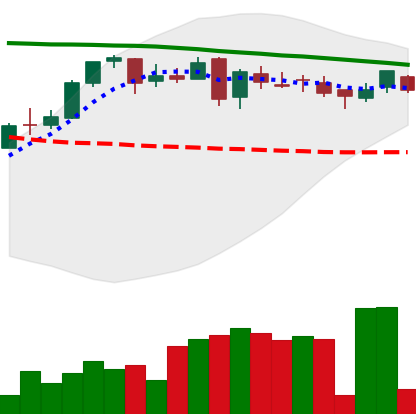
Ticker: DOGE-USD
Chart end date: 2018-05-04
Forward return: -3.34%
Label: down_3_5